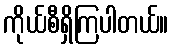
ကိုယ်စီရှိကြပါတယ်။